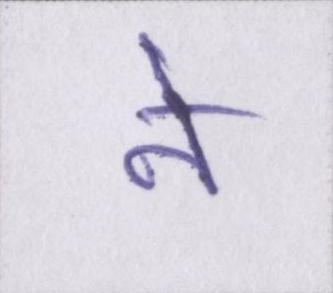
ने